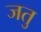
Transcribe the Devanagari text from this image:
जतु